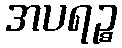
အပရဉ္စ